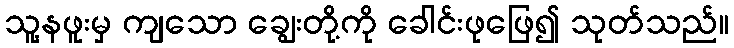
သူ့နဖူးမှ ကျသော ချွေးတို့ကို ခေါင်းဖုဖြေ၍ သုတ်သည်။